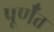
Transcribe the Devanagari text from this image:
पूर्णँत